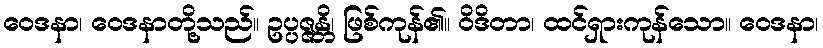
ဝေဒနာ၊ ဝေဒနာတို့သည်။ ဥပ္ပဇ္ဇန္တိ၊ ဖြစ်ကုန်၏။ ဝိဒိတာ၊ ထင်ရှားကုန်သော။ ဝေဒနာ၊